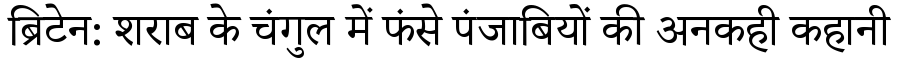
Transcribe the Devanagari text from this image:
ब्रिटेन: शराब के चंगुल में फंसे पंजाबियों की अनकही कहानी